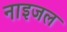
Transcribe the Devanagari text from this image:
नाइजल